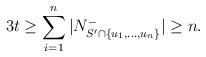
LaTeX: \begin{align*}3t\geq \sum_{i=1}^{n}|N^{-}_{S'\cap \{u_1,\dots,u_n\}}|\geq n.\end{align*}